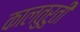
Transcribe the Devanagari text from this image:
कालतुरुती